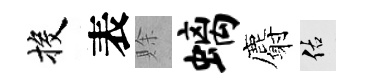
投表賖螭麝佑